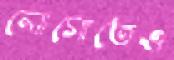
লোগোতেও